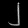
Digit: ၂